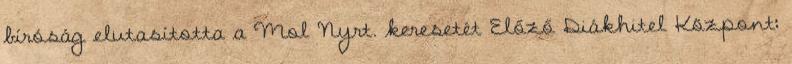
bíróság elutasította a Mol Nyrt. keresetét Előző Diákhitel Központ: